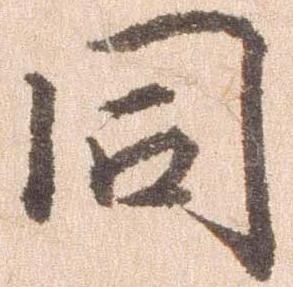
同